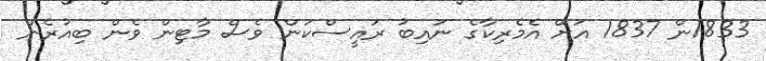
1833ން 1837 އަށް އެމެރިކާގެ ނައިބު ރައީސްކަން ވެސް މާޓިން ވެން ބިއުރެން